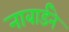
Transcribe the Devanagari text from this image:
नाबार्डने